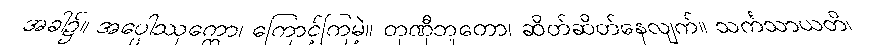
အခါ၌။ အပ္ပေါဿုက္ကော၊ ကြောင့်ကြမဲ့။ တုဏှီဘူတော၊ ဆိတ်ဆိတ်နေလျက်။ သင်္ကသာယတိ၊